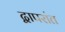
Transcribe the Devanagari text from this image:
द्वापरांत